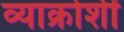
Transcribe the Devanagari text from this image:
व्याक्रोशीं